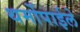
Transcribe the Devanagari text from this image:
थर्मोपाईले